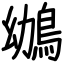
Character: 鴢